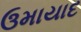
ઉમાયાદ